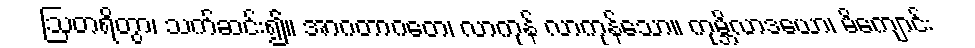
ဩတရိတွာ၊ သက်ဆင်း၍။ အာဂတာဂတေ၊ လာကုန် လာကုန်သော။ ကုမ္ဘိလာဒယော၊ မိကျောင်း